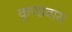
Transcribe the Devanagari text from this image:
कुण्डवारा